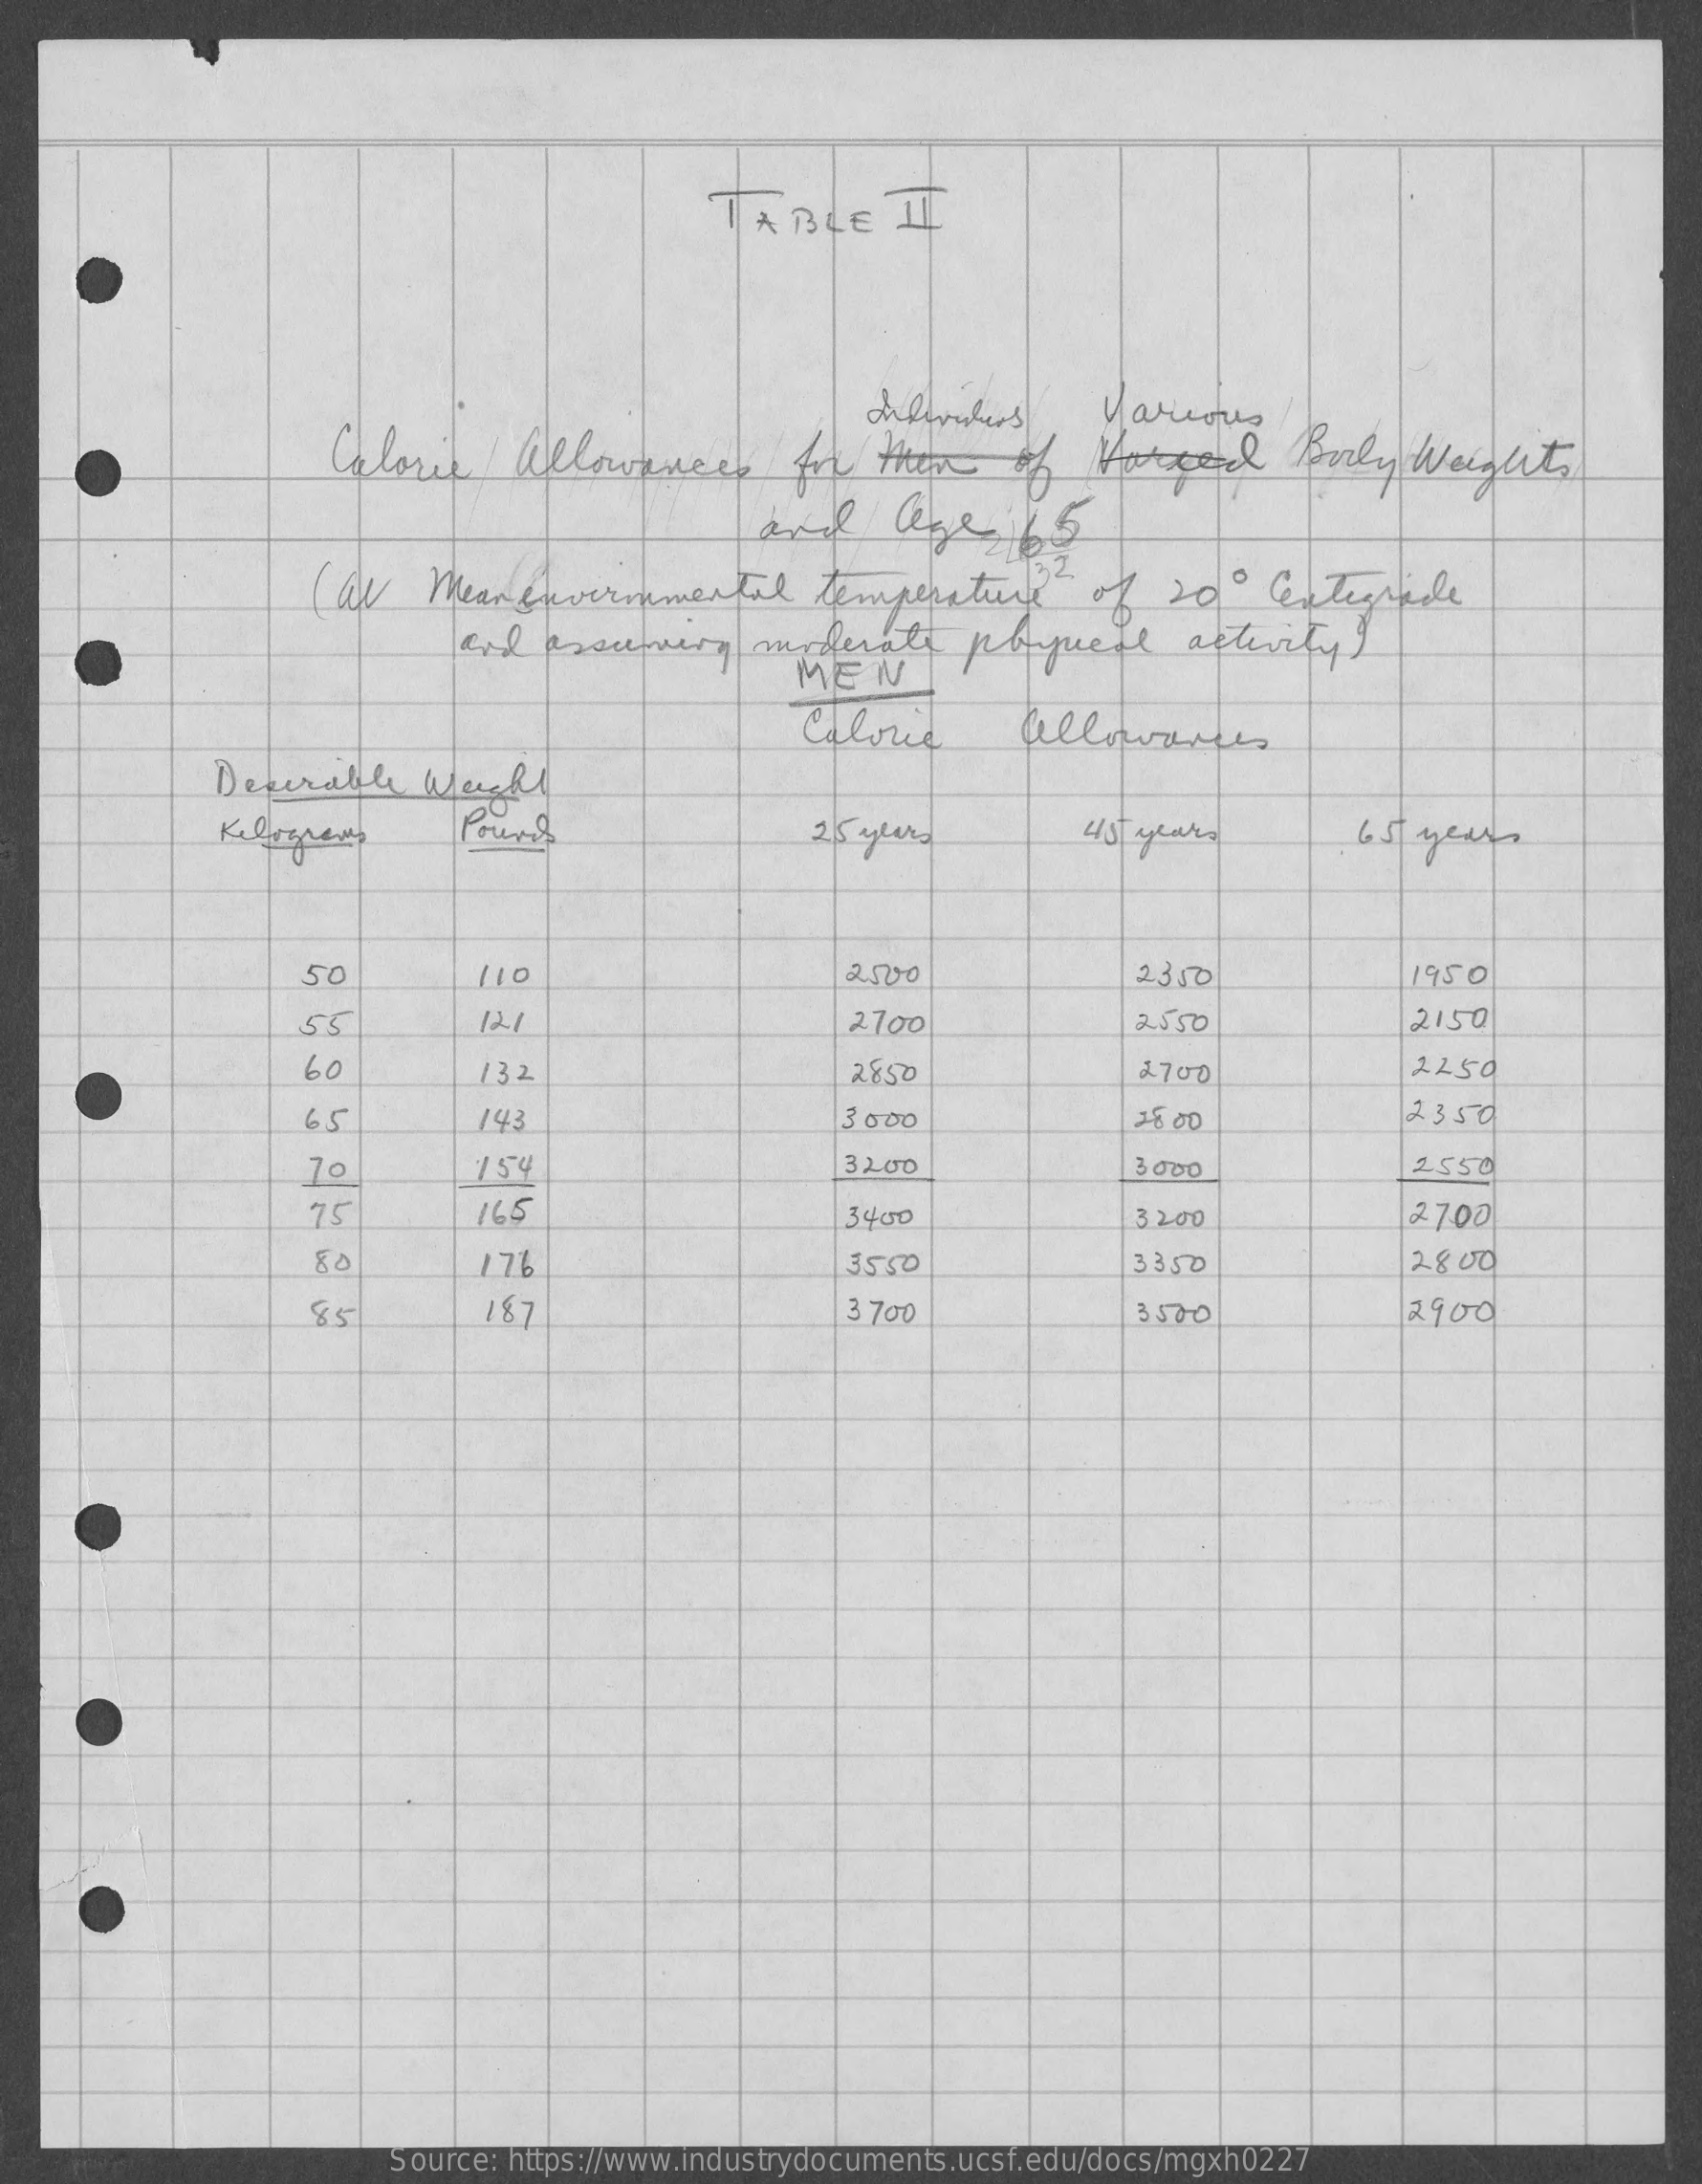
TABLE    IT
     Calorie    allowances    for  them    of  Horted    Forly  Weight
     Various
     and    lege    65
     ( al   Meanenvironmental    temperature    of  200    Centeguide
     and  assuming    moderate    poquese    activity
     MEN
     Calorie    allowances
     Desirable    weight
     Kilograms    Pour    2/5 years    45 years    6 5 years
     50    110    2500    2350    1950
     55    121    2700    2550    2150
     60    132    2850    3700    1150
     65    143    3 0 00    2350
     154    3200    3 000    2550
     75    165    3400    3.2.00    2700
     80    176    3550    3350    28.00
     85    187    3 700    3570    2900
     Source: https://www.industrydocuments.ucsf.edu/docs/mgxh0227